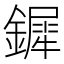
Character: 𨬯